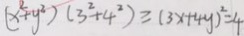
( x ^ { 2 } + y ^ { 2 } ) ( 3 ^ { 2 } + 4 ^ { 2 } ) \geq ( 3 x + 4 y ) ^ { 2 } = 4